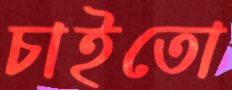
চাইতো